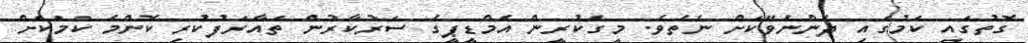
ގޮތުގައި ކަމުގައި ދެންނެވޭކަށް ނެތެވެ. މީގެކުރީން އެމްޑީޕީގެ ސަރުކާރުން ތައާރަފުކުރި ކޮންމެ ކަމަކަށް